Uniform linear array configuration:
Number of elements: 24
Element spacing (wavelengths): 0.75
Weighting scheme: kaiser
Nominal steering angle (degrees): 15
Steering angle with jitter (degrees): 15.065
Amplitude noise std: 0.05
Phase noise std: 0.05

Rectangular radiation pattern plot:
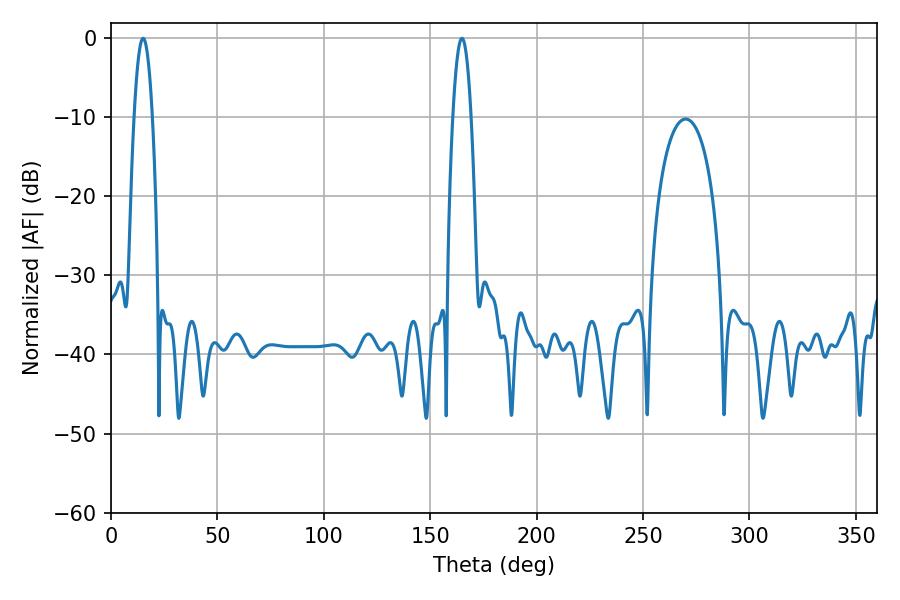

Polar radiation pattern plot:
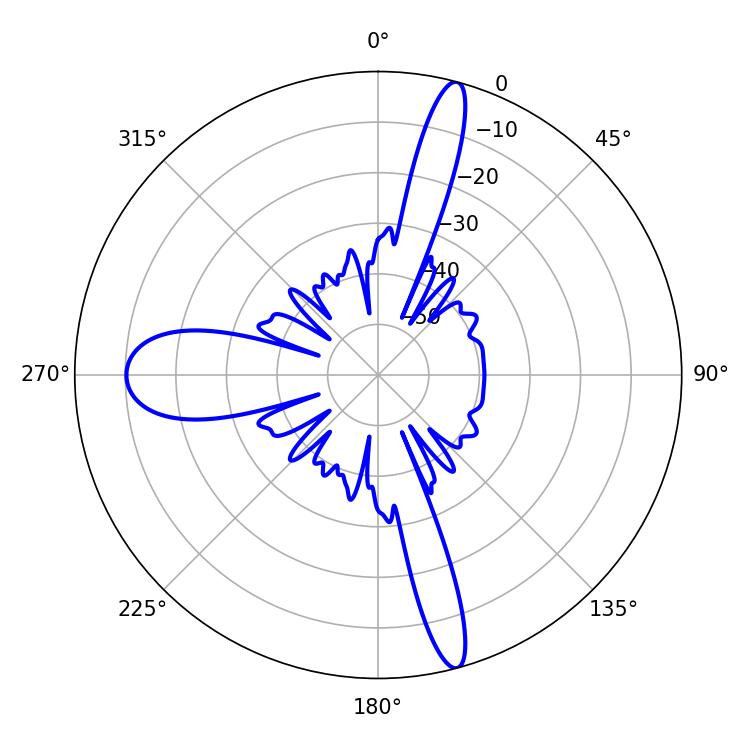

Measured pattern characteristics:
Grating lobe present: TRUE
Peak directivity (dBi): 19.805
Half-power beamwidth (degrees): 4.68
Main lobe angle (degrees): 15.12